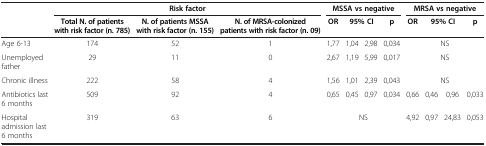
<table><thead><tr><td><b> </b></td><td colspan="3"><b>Risk factor</b></td><td colspan="4"><b>MSSA vs negative</b></td><td colspan="4"><b>MRSA vs negative</b></td></tr><tr><td><b> </b></td><td><b>Total N. of patients with risk factor (n. 785)</b></td><td><b>N. of patients MSSA with risk factor (n. 155)</b></td><td><b>N. of MRSA-colonized patients with risk factor (n. 09)</b></td><td><b>OR</b></td><td colspan="2"><b>95% CI</b></td><td><b>p</b></td><td><b>OR</b></td><td colspan="2"><b>95% CI</b></td><td><b>p</b></td></tr></thead><tbody><tr><td>Age 6-13</td><td>174</td><td>52</td><td>1</td><td>1,77</td><td>1,04</td><td>2,98</td><td>0,034</td><td colspan="4">NS</td></tr><tr><td>Unemployed father</td><td>29</td><td>11</td><td>0</td><td>2,67</td><td>1,19</td><td>5,99</td><td>0,017</td><td colspan="4">NS</td></tr><tr><td>Chronic illness</td><td>222</td><td>58</td><td>4</td><td>1,56</td><td>1,01</td><td>2,39</td><td>0,043</td><td colspan="4">NS</td></tr><tr><td>Antibiotics last 6 months</td><td>509</td><td>92</td><td>4</td><td>0,65</td><td>0,45</td><td>0,97</td><td>0,034</td><td>0,66</td><td>0,46</td><td>0,96</td><td>0,033</td></tr><tr><td>Hospital admission last 6 months</td><td>319</td><td>63</td><td>6</td><td colspan="4">NS</td><td>4,92</td><td>0,97</td><td>24,83</td><td>0,053</td></tr></tbody></table>